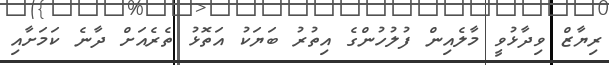
ރިޔާޒް ވިދާޅުވީ މާލެއިން ފުލުހުންގެ އިތުރު ބަޔަކު އަތޮޅު ތެރެއަށް ދާނެ ކަމަށާއި